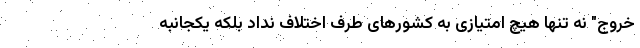
خروج" نه تنها هیچ امتیازی به کشورهای طرف اختلاف نداد بلکه یکجانبه